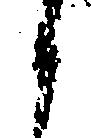
候